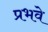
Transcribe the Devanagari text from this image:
प्रभवे